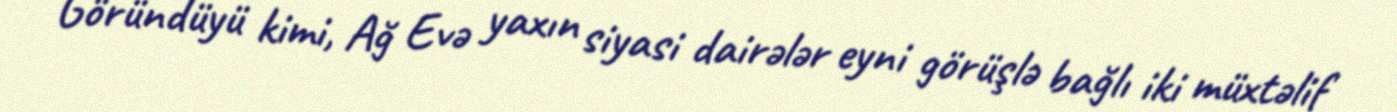
Göründüyü kimi, Ağ Evə yaxın siyasi dairələr eyni görüşlə bağlı iki müxtəlif